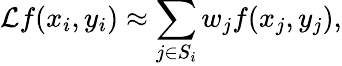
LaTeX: \mathcal{L}f(x_{i},y_{i})\approx\sum_{j\in S_{i}}w_{j}f(x_{j},y_{j}),